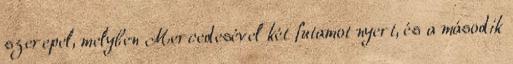
szerepel, melyben Mercedesével két futamot nyert, és a második